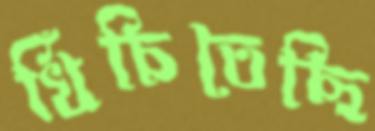
খিঁচিতেছি